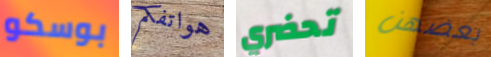
بوسكو هواتفكم تحضري بعضهن